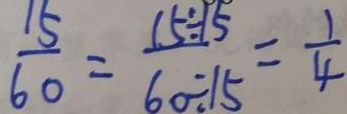
\frac { 1 5 } { 6 0 } = \frac { 1 5 \div 5 } { 6 0 \div 1 5 } = \frac { 1 } { 4 }